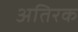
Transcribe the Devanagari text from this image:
अतिरक